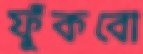
ফুঁকবো